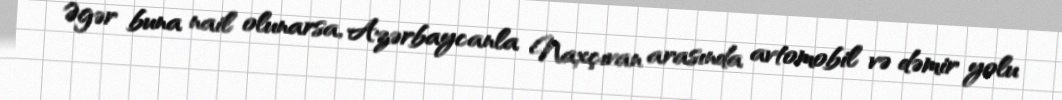
Əgər buna nail olunarsa, Azərbaycanla Naxçıvan arasında avtomobil və dəmir yolu